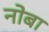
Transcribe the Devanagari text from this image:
नोबा